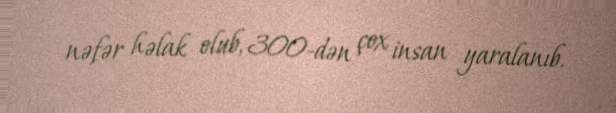
nəfər həlak olub, 300-dən çox insan yaralanıb.